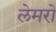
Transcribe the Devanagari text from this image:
लेमरो